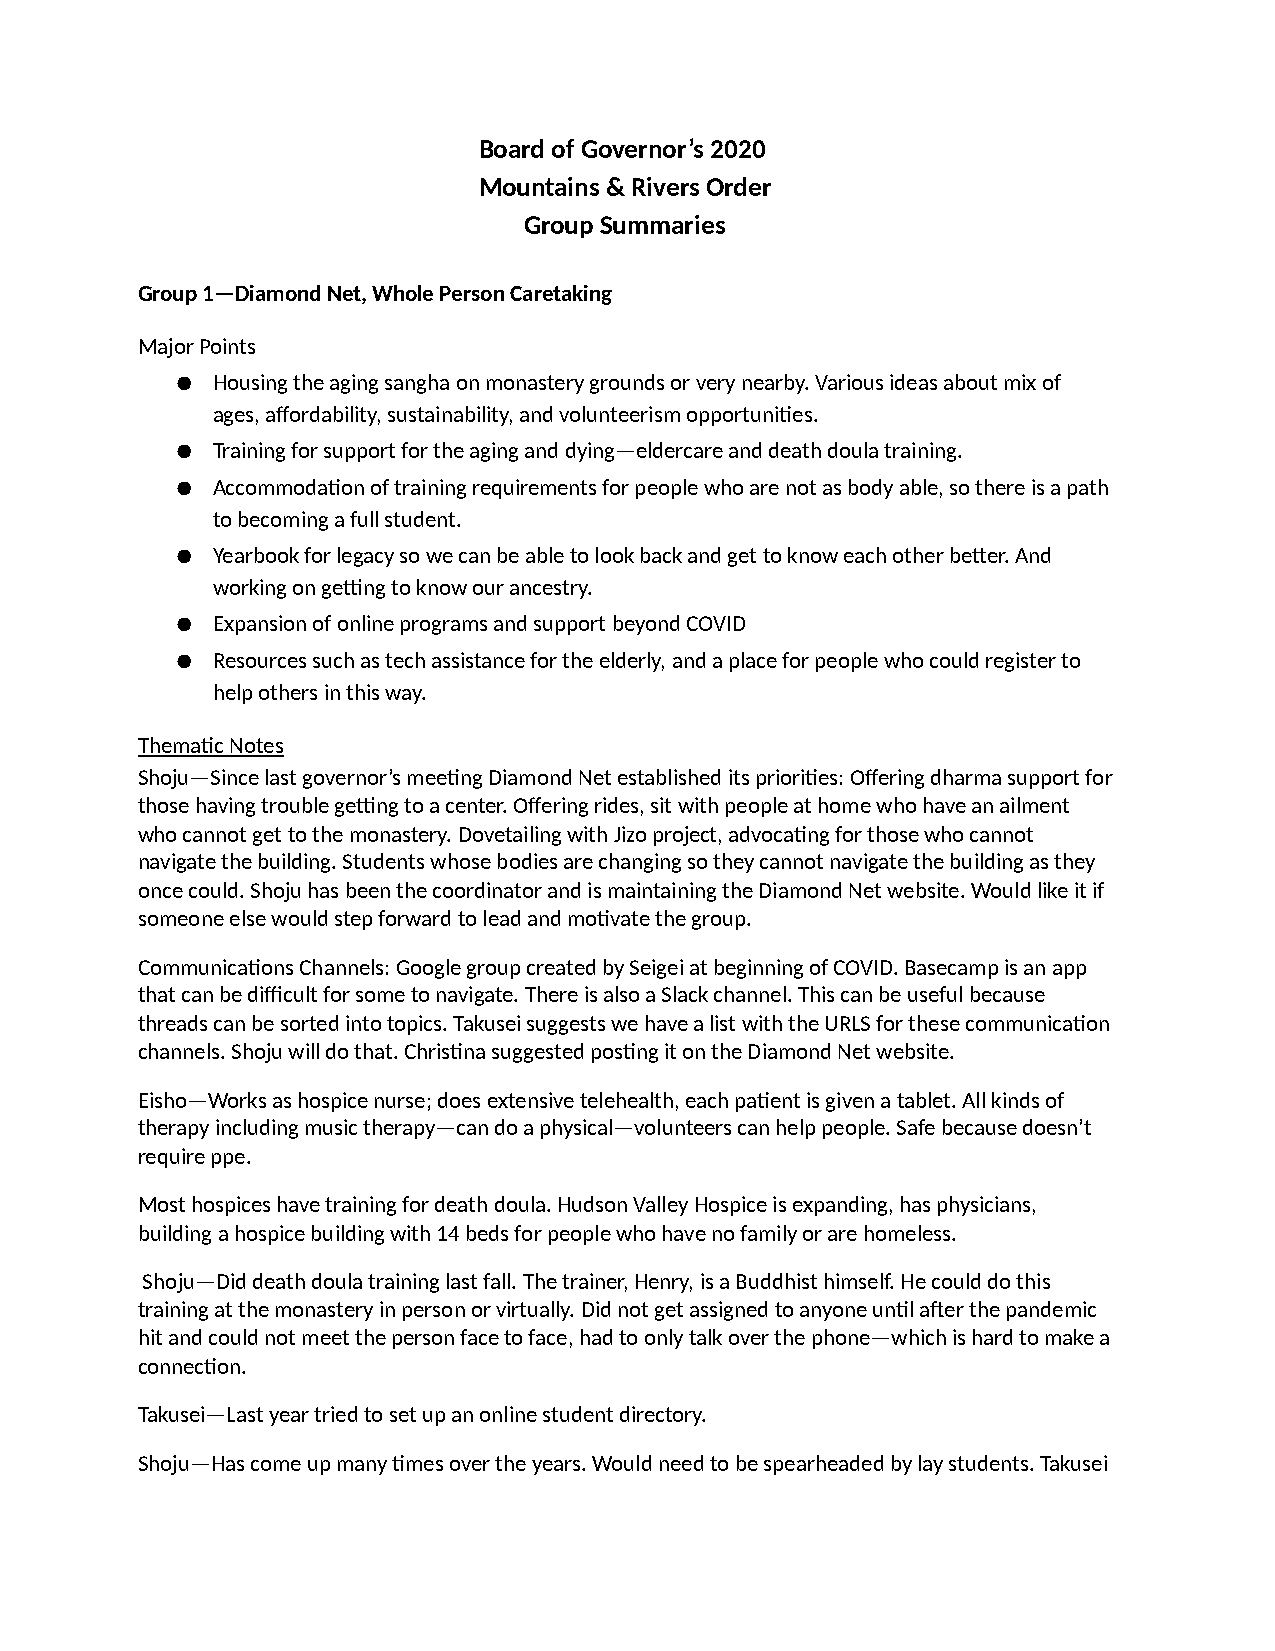
Board of Governor’s 2020
 Mountains & Rivers Order
 Group Summaries
 Group 1—Diamond Net, Whole Person Caretaking
 Major Points
 ● Housing the aging sangha on monastery grounds or very nearby. Various ideas about mix of
 ages, affordability, sustainability, and volunteerism opportuni>es.
 ● Training for support for the aging and dying—eldercare and death doula training.
 ● Accommoda>on of training requirements for people who are not as body able, so there is a path
 to becoming a full student.
 ● Yearbook for legacy so we can be able to look back and get to know each other beGer. And
 working on geHng to know our ancestry.
 ● Expansion of online programs and support beyond COVID
 ● Resources such as tech assistance for the elderly, and a place for people who could register to
 help others in this way.
 Thema>c Notes
 Shoju—Since last governor’s mee>ng Diamond Net established its priori>es: Offering dharma support for
 those having trouble geHng to a center. Offering rides, sit with people at home who have an ailment
 who cannot get to the monastery. Dovetailing with Jizo project, advoca>ng for those who cannot
 navigate the building. Students whose bodies are changing so they cannot navigate the building as they
 once could. Shoju has been the coordinator and is maintaining the Diamond Net website. Would like it if
 someone else would step forward to lead and mo>vate the group.
 Communica>ons Channels: Google group created by Seigei at beginning of COVID. Basecamp is an app
 that can be difficult for some to navigate. There is also a Slack channel. This can be useful because
 threads can be sorted into topics. Takusei suggests we have a list with the URLS for these communica>on
 channels. Shoju will do that. Chris>na suggested pos>ng it on the Diamond Net website.
 Eisho—Works as hospice nurse; does extensive telehealth, each pa>ent is given a tablet. All kinds of
 therapy including music therapy—can do a physical—volunteers can help people. Safe because doesn’t
 require ppe.
 Most hospices have training for death doula. Hudson Valley Hospice is expanding, has physicians,
 building a hospice building with 14 beds for people who have no family or are homeless.
 Shoju—Did death doula training last fall. The trainer, Henry, is a Buddhist himself. He could do this
 training at the monastery in person or virtually. Did not get assigned to anyone un>l a^er the pandemic
 hit and could not meet the person face to face, had to only talk over the phone—which is hard to make a
 connec>on.
 Takusei—Last year tried to set up an online student directory.
 Shoju—Has come up many >mes over the years. Would need to be spearheaded by lay students. Takusei